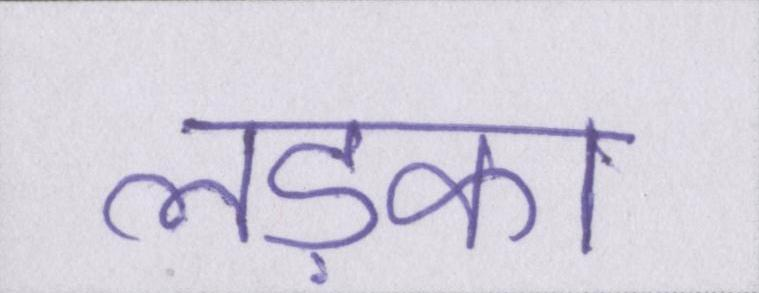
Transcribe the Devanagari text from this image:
लड़का